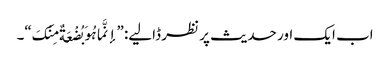
اب ایک اور حدیث پر نظر ڈالیے: ”إنَّما ہُوَ بُضْعَةٌ مِنْکَ“۔